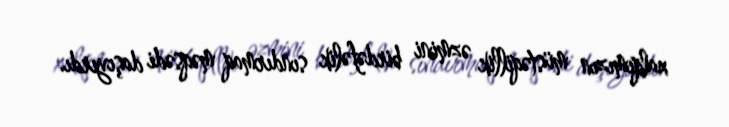
xalqımızın müstəqillik əzmini birdəfəlik sındırmaq məqsədi daşıyırdı.